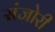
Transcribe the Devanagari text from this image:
संजोरी